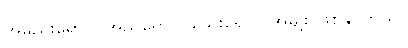
အမည်းရောင်၊ အညိုရောင်၊ သွေးရောင် အမျိုး ဖြစ်နိုင်တယ်။